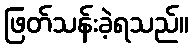
ဖြတ်သန်းခဲ့ရသည်။